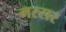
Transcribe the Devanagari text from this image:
मरसर